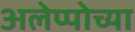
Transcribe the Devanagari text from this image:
अलेप्पोच्या